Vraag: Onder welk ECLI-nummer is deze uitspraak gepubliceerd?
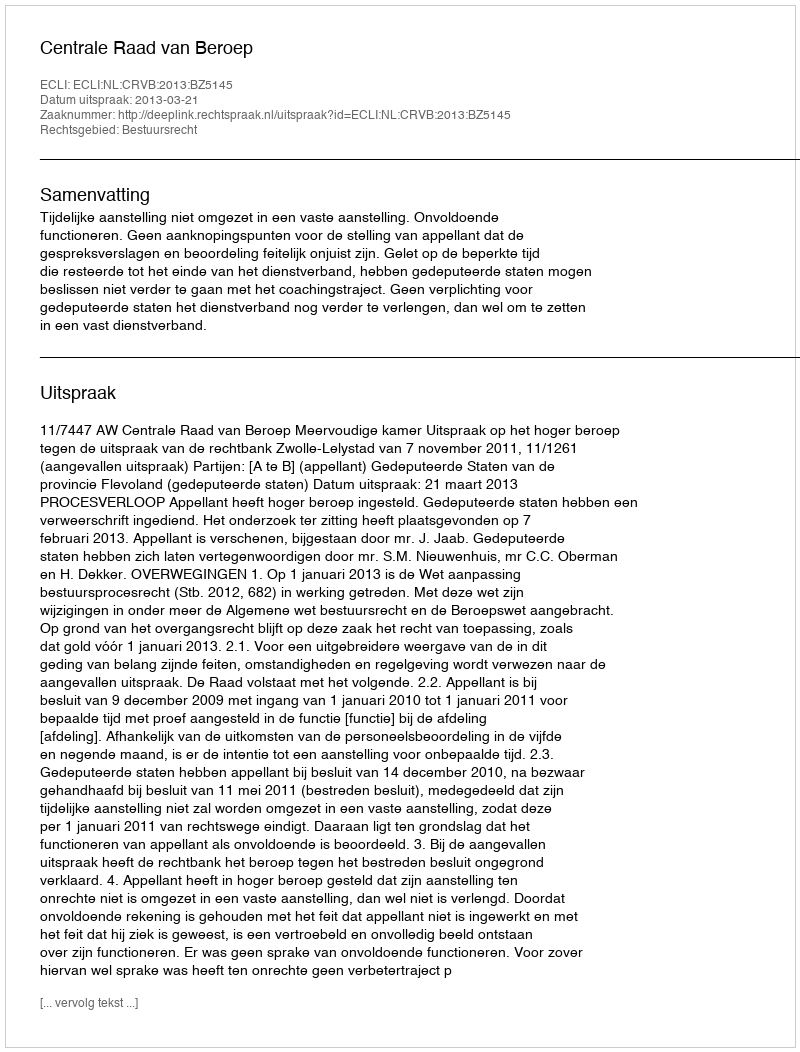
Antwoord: ECLI:NL:CRVB:2013:BZ5145